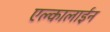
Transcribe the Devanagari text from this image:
एल्कालाईन